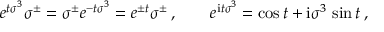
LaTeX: e ^ { t \sigma ^ { 3 } } \sigma ^ { \pm } = \sigma ^ { \pm } e ^ { - t \sigma ^ { 3 } } = e ^ { \pm t } \sigma ^ { \pm } \, , \qquad e ^ { \mathrm { i } t \sigma ^ { 3 } } = \cos t + \mathrm { i } \sigma ^ { 3 } \, \sin t \, ,